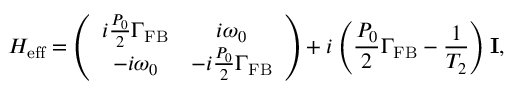
H _ { \mathrm { e f f } } = \left( \begin{array} { c c } { i \frac { P _ { 0 } } { 2 } \Gamma _ { \mathrm { F B } } } & { i \omega _ { 0 } } \\ { - i \omega _ { 0 } } & { - i \frac { P _ { 0 } } { 2 } \Gamma _ { \mathrm { F B } } } \end{array} \right) + i \left( \frac { P _ { 0 } } { 2 } \Gamma _ { \mathrm { F B } } - \frac { 1 } { T _ { 2 } } \right) \mathbf { I } ,